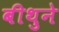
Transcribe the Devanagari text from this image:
बीथुने